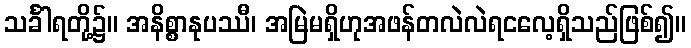
သင်္ခါရတို့၌။ အနိစ္စာနုပဿီ၊ အမြဲမရှိဟုအဖန်တလဲလဲရငလေ့ရှိသည်ဖြစ်၍။